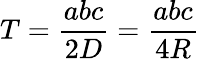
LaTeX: T={\frac{abc}{2D}}={\frac{abc}{4R}}